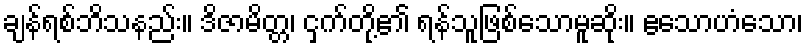
ချန်ရစ်ဘိသနည်း။ ဒိဇာမိတ္တ၊ ငှက်တို့၏ ရန်သူဖြစ်သောမူဆိုး။ ဧသောဟံသော၊